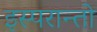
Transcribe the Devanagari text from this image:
इस्परान्तो